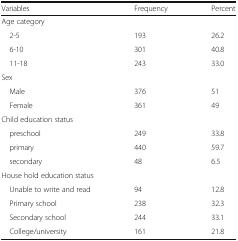
| Variables | Frequency | Percent |
 | --- | --- | --- |
 | <COLSPAN=3> Age category |
 | 2-5 | 193 | 26.2 |
 | 6-10 | 301 | 40.8 |
 | 11-18 | 243 | 33.0 |
 | <COLSPAN=3> Sex |
 | Male | 376 | 51 |
 | Female | 361 | 49 |
 | <COLSPAN=3> Child education status |
 | preschool | 249 | 33.8 |
 | primary | 440 | 59.7 |
 | secondary | 48 | 6.5 |
 | <COLSPAN=3> House hold education status |
 | Unable to write and read | 94 | 12.8 |
 | Primary school | 238 | 32.3 |
 | Secondary school | 244 | 33.1 |
 | College/university | 161 | 21.8 |